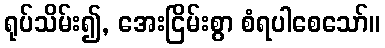
ရုပ်သိမ်း၍, အေးငြိမ်းစွာ စံရပါစေသော်။